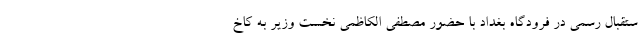
ستقبال رسمی در فرودگاه بغداد با حضور مصطفی الکاظمی نخست وزیر به کاخ